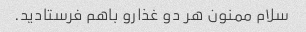
سلام ممنون هر دو غذارو باهم فرستادید.